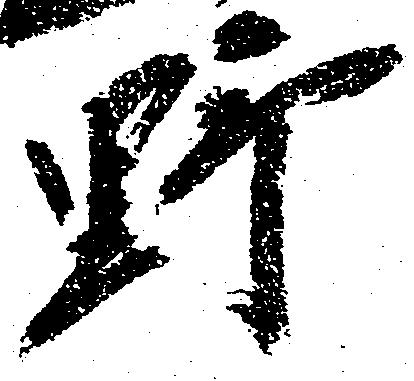
野